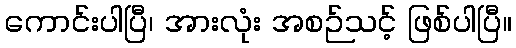
ကောင်းပါပြီ၊ အားလုံး အစဉ်သင့် ဖြစ်ပါပြီ။